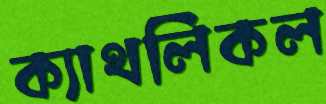
ক্যাথলিকল